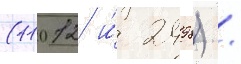
(11012 и́ 2498) /